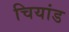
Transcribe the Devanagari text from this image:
चियांड